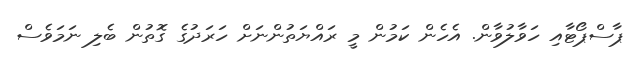
ޕާސްޕޯޓާއި ހަވާލުވާން. އެހެން ކަމުން މީ ރައްޔަތުންނަށް ހަރަދުގެ ގޮތުން ބެލި ނަމަވެސް